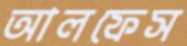
আলফেস